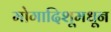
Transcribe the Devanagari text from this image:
मोगादिशूमधून